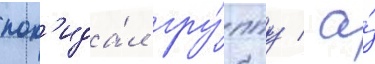
пок'ида́л гру́ппу / а́